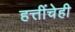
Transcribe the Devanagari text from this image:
हत्तींचेही